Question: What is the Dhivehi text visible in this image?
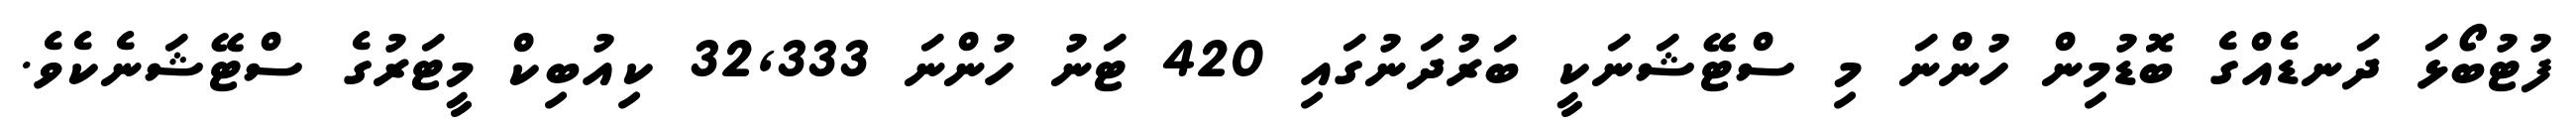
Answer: ފުޓުބޯޅަ ދަނޑެއްގެ ބޮޑުމިން ހުންނަ މި ސްޓޭޝަނަކީ ބަރުދަނުގައި 420 ޓަނު ހުންނަ 32,333 ކިއުބިކް މީޓަރުގެ ސްޓޭޝަނެކެވެ.